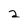
Character: 2